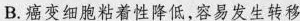
B.癌变细胞粘着性降低，容易发生转移